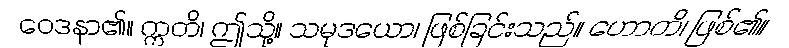
ဝေဒနာ၏။ ဣတိ၊ ဤသို့။ သမုဒယော၊ ဖြစ်ခြင်းသည်။ ဟောတိ၊ ဖြစ်၏။